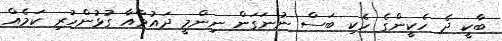
ބާކީ ދެ ހެކީންގެ ހެކި ބަސް ނުނަގަން ނިންމީ ދައުވާއާ ގުޅުންހުރި ކަމެއް